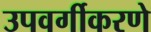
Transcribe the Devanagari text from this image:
उपवर्गीकरणे